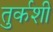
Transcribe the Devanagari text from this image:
तुर्कशी